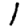
Digit: 1